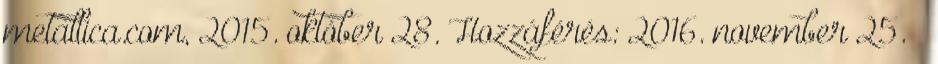
metallica.com, 2015. október 28. Hozzáférés: 2016. november 25. ↑